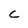
Character: C